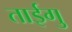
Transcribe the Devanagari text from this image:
ताईगु